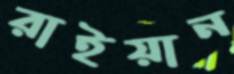
রাইয়ান